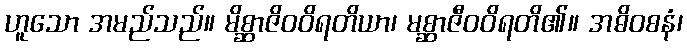
ဟူသော အမည်သည်။ မိစ္ဆာဇိဝဝိရတိယာ၊ မစ္ဆာဇီဝဝိရတိ၏။ အဓိဝစနံ၊